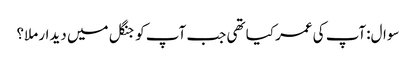
سوال:آپ کی عمر کیا تھی جب آپ کو جنگل میں دیدار ملا؟